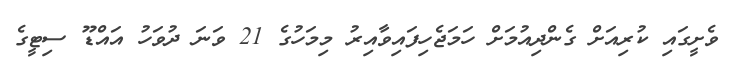
ވެށީގައި ކުރިއަށް ގެންދިއުމަށް ހަމަޖެހިފައިވާއިރު މިމަހުގެ 21 ވަނަ ދުވަހު އައްޑޫ ސިޓީގެ